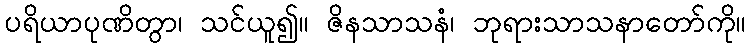
ပရိယာပုဏိတွာ၊ သင်ယူ၍။ ဇိနသာသနံ၊ ဘုရားသာသနာတော်ကို။